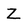
Character: Z